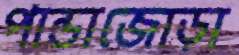
পান্ডাজোড়া